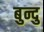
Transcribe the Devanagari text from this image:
बुन्दु